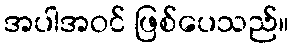
အပါအဝင် ဖြစ်ပေသည်။